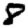
Digit: 8